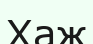
Хаж